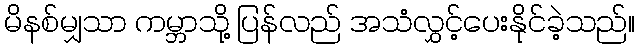
မိနစ်မျှသာ ကမ္ဘာသို့ ပြန်လည် အသံလွှင့်ပေးနိုင်ခဲ့သည်။